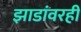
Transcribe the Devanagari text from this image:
झाडांवरही